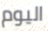
اليوم